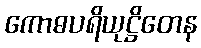
ကောဓပရိယုဋ္ဌိတေန